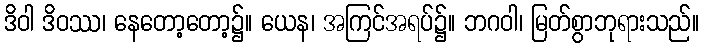
ဒိဝါ ဒိဝဿ၊ နေတော့တော့၌။ ယေန၊ အကြင်အရပ်၌။ ဘဂဝါ၊ မြတ်စွာဘုရားသည်။